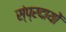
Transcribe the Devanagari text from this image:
स्ंप्रदायों